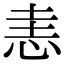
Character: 恚